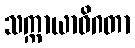
သက္ကာယာဓိဂတာ